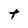
Character: t